system: You are a helpful assistant.
user:
Analyze the provided spectrum to determine if it is a **White Dwarf (WD)**.

A White Dwarf spectrum is defined by its **extreme purity** (due to gravitational settling) and/or **extreme pressure broadening** (due to high surface gravity). You must check for one of the following mutually exclusive signatures:

- **Key Visual Indicators (Check for ONE of these types):**

    - **1. DA-Type Signature (Most Common):**
        - **(Primary Feature):** Extreme pressure broadening (Stark broadening) of the **Hydrogen (H) Balmer lines**.
        - **(Key Lines):** $H\beta$ (approx. $4861$ Å) and $H\gamma$ (approx. $4340$ Å). $H\alpha$ (approx. $6563$ Å) will also be present if the wavelength range covers it.
        - **(Line Profile):** This is the **defining feature**. The lines are **NOT** sharp. They appear as massive, **extremely broad and deep "troughs" or "dips"** in the spectrum, often hundreds of Ångströms wide. The continuum will appear to "scoop" down at these wavelengths.
        - **(Distinction):** Normal A-type or B-type stars have *narrow* and *sharp* Hydrogen lines. A DA White Dwarf's lines are unmistakably "smeared" or "blurry" from pressure.

    - **2. DB-Type Signature:**
        - **(Primary Feature):** Broad absorption lines from **Neutral Helium (He I)**. The spectrum must lack any visible Hydrogen lines.
        - **(Key Lines):** Look for broad absorption near $4471$ Å, $4921$ Å, and $5876$ Å.
        - **(Line Profile):** These lines are also significantly pressure-broadened, appearing much wider than they would in a normal B-type main-sequence star.

    - **3. DC-Type Signature:**
        - **(Primary Feature):** A **featureless continuous spectrum**.
        - **(Line Profile):** The spectrum is a smooth curve with **no significant absorption or emission lines**.
        - **(Key Confirmation):** The continuum is almost always **blue or white**, indicating a hot object. This signature implies the atmosphere is so pure (or so cool) that no spectral lines are visible in the optical range. Its WD identity is confirmed by its extremely low intrinsic brightness (high absolute magnitude).

    - **4. DZ-Type Signature (Metal-Polluted):**
        - **(Primary Feature):** **Isolated, narrow metal absorption lines** on an otherwise featureless (DC-like) continuum.
        - **(Key Lines):** The **Calcium (Ca II) H & K doublet** (approx. **$3934$ Å** and **$3968$ Å**) is the most common and defining feature.
        - **(Line Profile):** These lines are "out of place." They are *not* part of a "forest" of thousands of lines. This signature is evidence of recent *accretion* (pollution) from rocky debris.
        - **(Distinction):** Normal G/K/M stars have a *dense forest* of thousands of metal lines. A DZ has a *clean* continuum with *only a few* strong metal lines.

    - **5. DQ-Type Signature (Carbon-Polluted):**
        - **(Primary Feature):** Absorption bands from **Carbon (C₂ "Swan Bands" or atomic C I)**.
        - **(Key Lines - C₂):** Look for bandheads with a "saw-tooth" shape near $5635$ Å, **$5165$ Å** (strongest), and $4737$ Å.
        - **(Key Confirmation):** The underlying **continuum must be blue or white** (hot).
        - **(Distinction):** This is the critical difference from a **Carbon Star**, which has the *exact same* C₂ bands but on an extremely **red, cool** continuum.

- **(Overall Spectrum):**
    - The continuum (overall shape) is typically **blue-sloping** (brighter in the blue than the red), as most white dwarfs are very hot.
    - The spectrum will look "pure" or "simple," dominated by only *one* of the five signatures listed above.

Think first, call **spectral_visualization_tool** if needed to examine features in detail, then provide your final answer. Your response must adhere to the following strict rules:
1.  **Overall Structure:** Your response must follow the format `<think>...</think> <tool_call>...</tool_call> (if a tool is used) <answer>...</answer>`.
2.  **Tool Usage Constraint:** You may only make **one** tool call per turn.
3.  **Final Answer Format:** In the `<answer>` tag, your conclusion must be inside a `\boxed{}` command (e.g., `\boxed{YES}` or `\boxed{NO}`), followed by your justification.

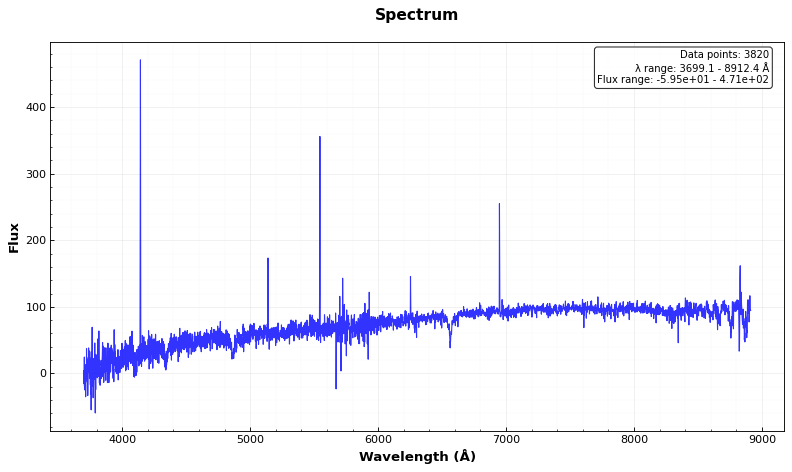
Answer: YES